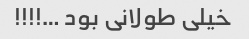
خیلی طولانی بود …!!!!